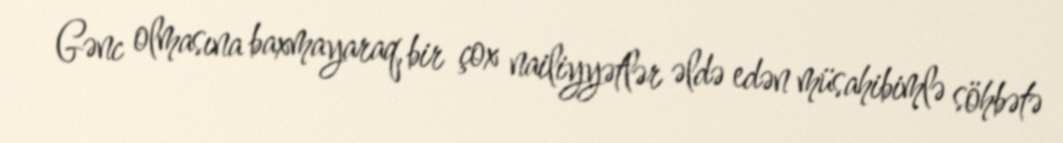
Gənc olmasına baxmayaraq, bir çox nailiyyətlər əldə edən müsahibimlə söhbətə